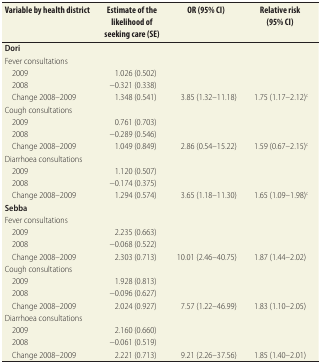
<table><thead><tr><td><b>Variable by health district</b></td><td><b>Estimate of the likelihood of seeking care (SE)</b></td><td><b>OR (95% CI)</b></td><td><b>Relative risk (95% CI)</b></td></tr></thead><tbody><tr><td><b>Dori</b></td><td></td><td></td><td></td></tr><tr><td>Fever consultations</td><td></td><td></td><td></td></tr><tr><td>2009</td><td>1.026 (0.502)</td><td></td><td></td></tr><tr><td>2008</td><td>−0.321 (0.338)</td><td></td><td></td></tr><tr><td>Change 2008–2009</td><td>1.348 (0.541)</td><td>3.85 (1.32–11.18)</td><td>1.75 (1.17–2.12)<sup>c</sup></td></tr><tr><td>Cough consultations</td><td></td><td></td><td></td></tr><tr><td>2009</td><td>0.761 (0.703)</td><td></td><td></td></tr><tr><td>2008</td><td>−0.289 (0.546)</td><td></td><td></td></tr><tr><td>Change 2008–2009</td><td>1.049 (0.849)</td><td>2.86 (0.54–15.22)</td><td>1.59 (0.67–2.15)<sup>c</sup></td></tr><tr><td>Diarrhoea consultations</td><td></td><td></td><td></td></tr><tr><td>2009</td><td>1.120 (0.507)</td><td></td><td></td></tr><tr><td>2008</td><td>−0.174 (0.375)</td><td></td><td></td></tr><tr><td>Change 2008–2009</td><td>1.294 (0.574)</td><td>3.65 (1.18–11.30)</td><td>1.65 (1.09–1.98)<sup>c</sup></td></tr><tr><td><b>Sebba</b></td><td></td><td></td><td></td></tr><tr><td>Fever consultations</td><td></td><td></td><td></td></tr><tr><td>2009</td><td>2.235 (0.663)</td><td></td><td></td></tr><tr><td>2008</td><td>−0.068 (0.522)</td><td></td><td></td></tr><tr><td>Change 2008–2009</td><td>2.303 (0.713)</td><td>10.01 (2.46–40.75)</td><td>1.87 (1.44–2.02)</td></tr><tr><td>Cough consultations</td><td></td><td></td><td></td></tr><tr><td>2009</td><td>1.928 (0.813)</td><td></td><td></td></tr><tr><td>2008</td><td>−0.096 (0.627)</td><td></td><td></td></tr><tr><td>Change 2008–2009</td><td>2.024 (0.927)</td><td>7.57 (1.22–46.99)</td><td>1.83 (1.10–2.05)</td></tr><tr><td>Diarrhoea consultations</td><td></td><td></td><td></td></tr><tr><td>2009</td><td>2.160 (0.660)</td><td></td><td></td></tr><tr><td>2008</td><td>−0.061 (0.519)</td><td></td><td></td></tr><tr><td>Change 2008–2009</td><td>2.221 (0.713)</td><td>9.21 (2.26–37.56)</td><td>1.85 (1.40–2.01)</td></tr></tbody></table>